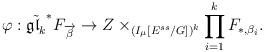
LaTeX: \begin{align*}\varphi: \tilde{\mathfrak{gl}_k}^*F_{\overrightarrow{\beta}}\rightarrow Z\times_{(I_{\mu}[E^{ss}/G])^k}\prod_{i=1}^{k}F_{*,\beta_i}.\end{align*}